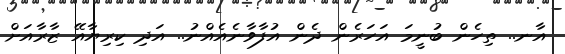
އާނ.. ތިހެން ބުނީމަ އަހަރެން ދެން އުފާވާނެއެއްނު.. އަދި ކިރިޔާއޭ ޒާރާއަށް